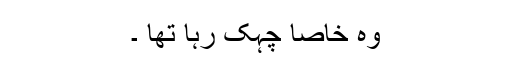
وہ خاصا چہک رہا تھا ۔